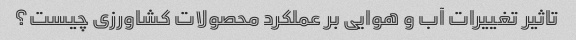
تاثیر تغییرات آب و هوایی بر عملکرد محصولات کشاورزی چیست؟